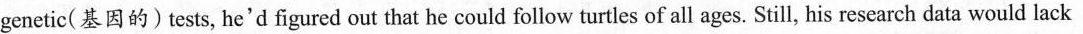
genetic(基因的)tests, he'd figured out that he could follow turtles of all ages. Still, his research data would lack